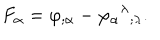
F _ { \alpha } = \varphi _ { ; \alpha } - \varphi _ { \alpha } { } ^ { \lambda } { } _ { ; \lambda } .